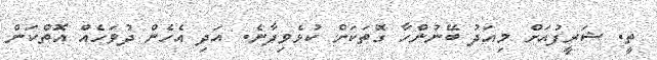
ތީ. ޝަރީފުއަށް މިއަދު ބޭނުންހާ ގޮތަކަށް ކުޅެވިދާނެ. އަދި އެހެން ދުވަހެއް އޮތްކަން